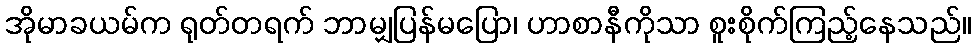
အိုမာခယမ်က ရုတ်တရက် ဘာမျှပြန်မပြော၊ ဟာစာနီကိုသာ စူးစိုက်ကြည့်နေသည်။